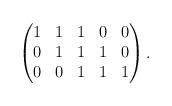
LaTeX: \begin{align*} \begin{pmatrix} 1 & 1 & 1 & 0 & 0 \\ 0 & 1 & 1 & 1 & 0 \\ 0 & 0 & 1 & 1 & 1 \end{pmatrix}. \end{align*}